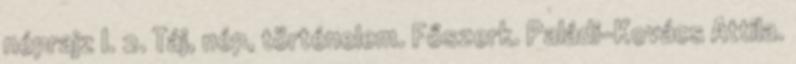
néprajz I. 2. Táj, nép, történelem. Főszerk. Paládi-Kovács Attila.